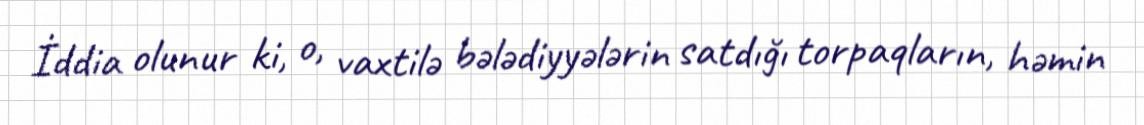
İddia olunur ki, o, vaxtilə bələdiyyələrin satdığı torpaqların, həmin